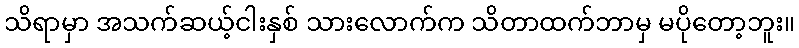
သိရာမှာ အသက်ဆယ့်ငါးနှစ် သားလောက်က သိတာထက်ဘာမှ မပိုတော့ဘူး။